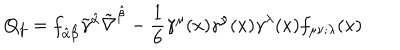
Q _ { f } = f _ { \hat { \alpha } \hat { \beta } } \tilde { \gamma } ^ { \hat { \alpha } } \tilde { \nabla } ^ { \hat { \beta } } - \frac { 1 } { 6 } \gamma ^ { \mu } ( x ) \gamma ^ { \nu } ( x ) \gamma ^ { \lambda } ( x ) f _ { \mu \nu ; \lambda } ( x )